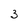
Character: 3